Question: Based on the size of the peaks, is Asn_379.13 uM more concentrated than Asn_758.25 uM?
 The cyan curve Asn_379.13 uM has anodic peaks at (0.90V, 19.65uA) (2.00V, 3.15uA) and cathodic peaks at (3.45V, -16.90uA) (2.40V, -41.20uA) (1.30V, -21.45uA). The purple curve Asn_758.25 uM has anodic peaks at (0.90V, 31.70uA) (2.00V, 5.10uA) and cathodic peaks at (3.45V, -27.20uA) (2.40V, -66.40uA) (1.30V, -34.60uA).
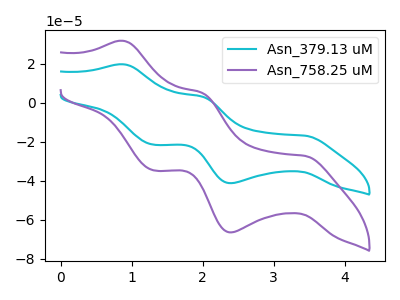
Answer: <think>All the peaks in "Asn_758.25 uM" have a peak in "Asn_379.13 uM" at the same potential. Every peak in "Asn_758.25 uM" is higher than every peak in "Asn_379.13 uM".
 </think>
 <answer>"Asn_758.25 uM" has more signal than "Asn_379.13 uM" and so likely has a higher concentration.</answer>
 <eval>more_concentration</eval>